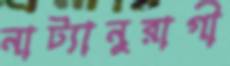
নাট্যানুরাগী